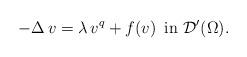
LaTeX: \begin{align*}-\Delta\,v = \lambda\,v^{q} + f(v) \,\,\, \mbox{in}\,\, \mathcal{D}'(\Omega).\end{align*}